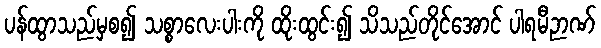
ပန်ထွာသည်မှစ၍ သစ္စာလေးပါးကို ထိုးထွင်း၍ သိသည်တိုင်အောင် ပါရမီဉာဏ်